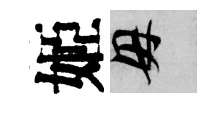
姬母